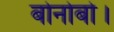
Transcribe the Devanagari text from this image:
बोनोबो।